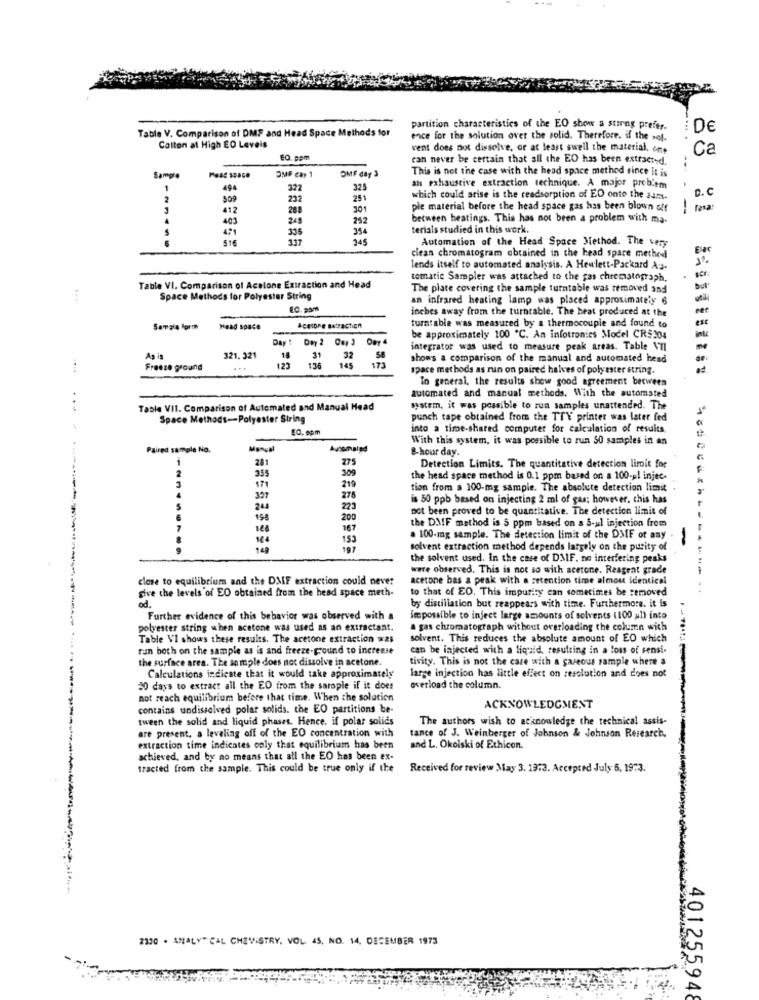
Table V. Comparison of DMF and Head Space Methods for
partition characteristics of the EO show a strong prefer.
DE
ence for the solution over the solid. Therefore. if the wol.
Colton at High EO Levels
vent does not dissolve, or at least swell the material, one
Ca
EO. com
can never be certain that all the EO has been extracted.
DMF Cay 1
This is not the case with the head space method since It is
Sample
OMF day 3
-
49
322
an exhaustive extraction technique. A major problem
232
25
which could arise is the readsorption of ED onto the sum.
D. C
412
288
301
pie material before the head space gas has been blown off
-
403
248
252
between heatings. This has not been a problem with ma-
335
354
terials studied in this work.
516
117
345
Automation of the Head Space Method. The very
clean chromatogram obtained in the head space method
lends itself to automated analysis. A Hewlett-Packard Au.
tomatic Sampler was attached to the gas chromatograph.
Table VI. Comparison of Acelone Extraction and Head
The plate covering the sample turntable was removed and
Space Methods for Polyester String
an infrared heating lamp was placed approximately 6
E0. 95m
inches away from the turntable. The heat produced at the
est
Samaia form
Head space
Acetone Batraction
turntable was measured by a thermocouple and found to
Day !
Doy 2 Car
be approximately 100 ℃. An infotronics Model CR$304
integrator was used to measure peak areas. Table Vil
As is
321. 321
18
31
32
shows a comparison of the manual and automated head
....
Freeze ground
...
123
136
145
173
space methods as run on paired halves of polyester string.
In general, the results show good agreement between
automated and manual methods. With the automated
Table VII. Comparison of Automated and Manual Head
system, it was possible to run samples unattended. The
Space Methods-Polyester String
punch tape obtained from the TTY printer was later fed
EQ. spm
into a time-shared computer for calculation of resuits,
With this system, it was possible to run 50 samples in an
Paired sample No.
Automated
8-hour day.
28
2
355
309
Detection Limits. The quantitative detection limit for
3
171
219
the head space method is 0.1 ppm based on a 100-u! injec.
tion from a 100-mg sample. The absolute detection limit
397
278
is 50 ppb based on injecting 2 ml of gas; however, chis has
244
223
not been proved to be quantitative. The detection limit of
158
200
7
167
the DMF method is 5 ppm based on a S-ul injection from
164
153
. 100-mag sample. The detection limit of the DME of any
1
solvent extraction method depends latgely on the purity of
the solvent used. In the case of DMIF, no interfering peaks
were observed. This is not so with acetone. Reagent grade
close to equilibrium and the DMF extraction could never
acetone bas a peak with a retention time almou identical
give the levels of EO obtained from the head space meth-
to that of EO. This impurity can sometimes be removed
od.
by distillation but reappears with time. Furthermore. it is
Further evidence of this behavior was observed with a
impossible to inject large amounts of solvents (100 al) into
polyester string when acetone was used as an extractant.
gas chromatograph without overloading the column with
Table VI shows these results. The acetone extraction was
solvent. This reduces the absolute amount of EO which
ran both on the sample as is and freeze-ground to increase
can be injected with a liquid, resulting in a loss of sensi-
the surface area. The sn mple does not dissolve in acetone.
tivity. This is not the case with a gaseous sample where a
Calculations indicate that it would take approximately
large injection has little effect on resolution and does not
30 days to extract all the EO from the sarople if it does
overload the column.
not reach equilibrium before that time. When the solution
contains undissolved polar solids. the EO partitions be-
ACKNOWLEDGMENT
tween the solid and liquid phases. Hence. if polar solic's
The authors wish to acknowledge the technical assis-
are present. a leveling off of the EO concentration with
tance of J. Weinberger of Johnson & Johnson Research.
extraction time indicates coly that equilibrium has been
and L. Okoiski of Ethicon.
achieved, and by no means that all the EO has been ex-
tracted from the sample. This could be true only if the
Received for review May 3. 1973. Accepted July 6, 19:3.
2130 . ANALY" CAL CHEMISTRY, VOL 45, NO. 14. DECEMBER 1973
401255948